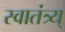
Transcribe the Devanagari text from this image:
स्वातंत्र्य्